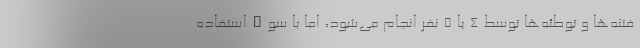
فتنه‌ها و توطئه‌ها توسط ۴ یا ۵ نفر انجام می‌شود، اما با سوءاستفاده